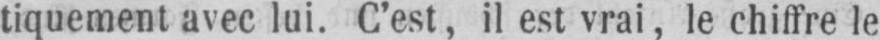
tiquement avec lui. C’est, il est vrai, le chiffre le